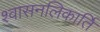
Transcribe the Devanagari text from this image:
श्वासनलिकार्ति